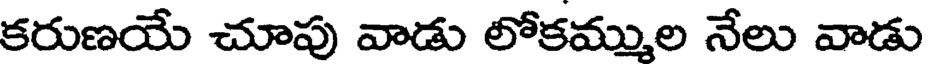
కరుణయే చూపు వాడు లోకమ్ముల నేలు వాడు